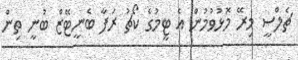
ޗެލްސީ މިރޭ މޮޅުވުމުން އެ ޓީމުގެ ކޯޗު ރަފާ ބެނީޓޭޒް ބުނީ ތިން